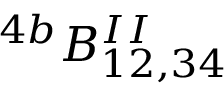
^ { 4 b } B _ { 1 2 , 3 4 } ^ { I I }